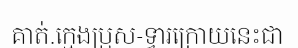
គាត់.ក្មេងប្រុស-ទ្វារក្រោយនេះជា